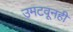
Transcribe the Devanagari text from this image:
उमटवूनही